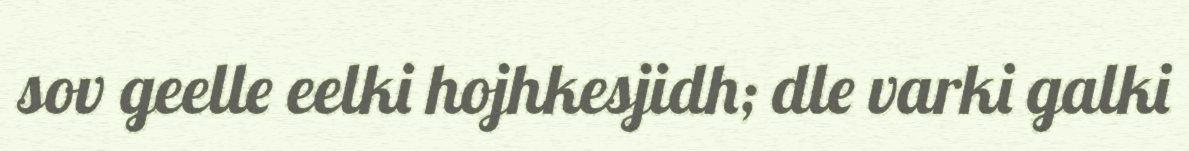
sov geelle eelki hojhkesjidh; dle varki galki